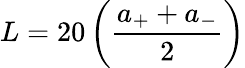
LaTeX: L=20\left(\frac{a_{+}+a_{-}}{2}\right)